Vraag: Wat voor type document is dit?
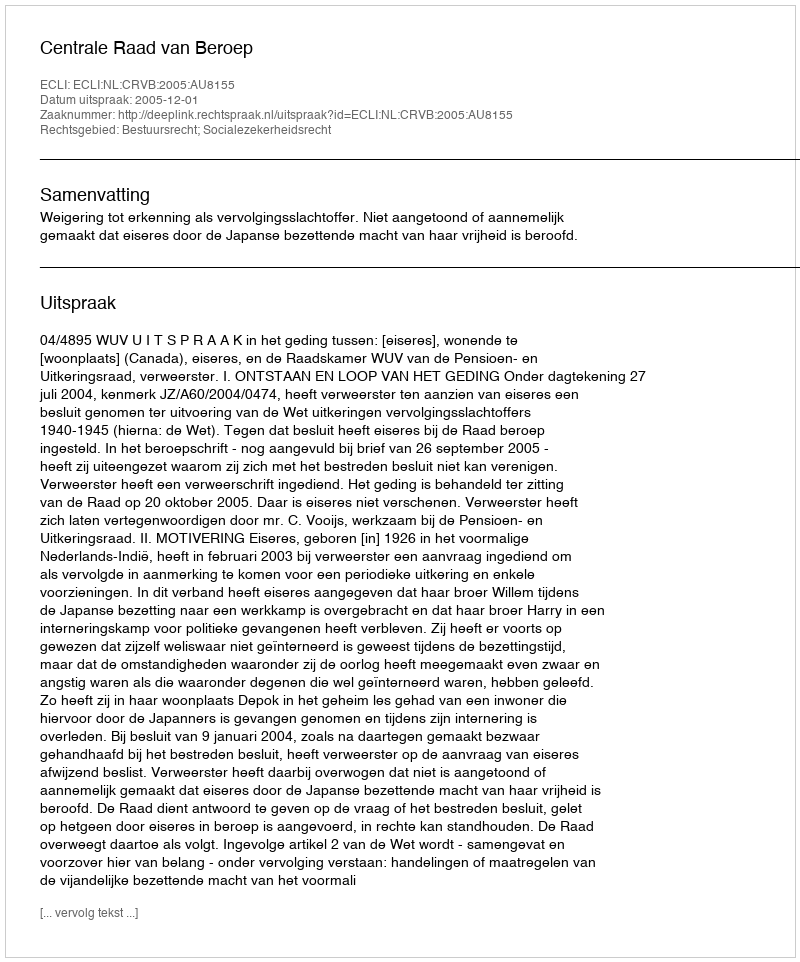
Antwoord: Uitspraak